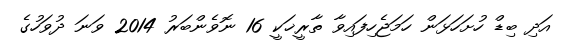
އަދި ބިޑް ހުށަހަޅަން ހަމަޖެހިފައިވާ ތާރީޚަކީ 16 ނޮވެންބަރު 2014 ވަނަ ދުވަހުގެ